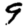
Digit: 9